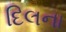
દિલના